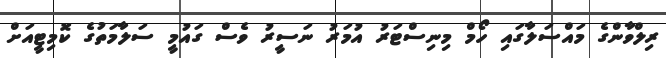
ރިލްވާންގެ މައްސަލާގައި ހޯމް މިނިސްޓަރު އުމަރު ނަސީރު ވެސް ގައުމީ ސަލާމަތުގެ ކޮމިޓީއަށް